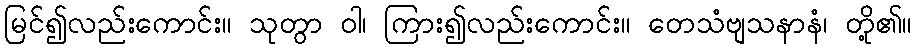
မြင်၍လည်းကောင်း။ သုတွာ ဝါ၊ ကြား၍လည်းကောင်း။ တေသံဗျသနာနံ၊ တို့၏။